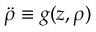
\Ddot { \rho } \equiv g ( z , \rho )